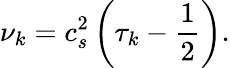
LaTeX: \nu_{k}=c_{s}^{2}\left(\tau_{k}-\frac{1}{2}\right).